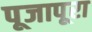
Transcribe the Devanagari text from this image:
पूजापूरा